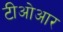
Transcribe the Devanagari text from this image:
टीओआर